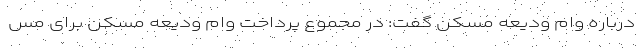
درباره وام ودیعه مسکن گفت: در مجموع پرداخت وام ودیعه مسکن برای مس